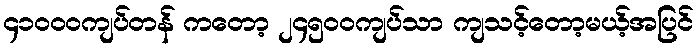
၄၁၀၀၀ကျပ်တန် ကတော့ ၂၄၅၀၀ကျပ်သာ ကျသင့်တော့မယ့်အပြင်